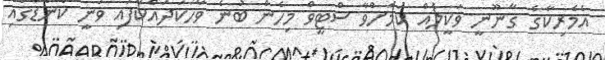
އެމެރިކާގެ ޤާނޫނީ ވަކީލެއް ކަމަށްވާ ސްޓީވް މިހެން ބުނެ ވާހަކަދައްކާފައި ވަނީ ކެނެޑާގައި